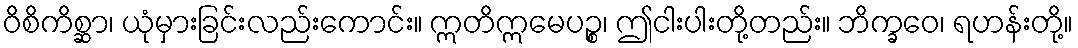
ဝိစိကိစ္ဆာ၊ ယုံမှားခြင်းလည်းကောင်း။ ဣတိဣမေပဉ္စ၊ ဤငါးပါးတို့တည်း။ ဘိက္ခဝေ၊ ရဟန်းတို့။